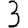
Digit: 3